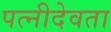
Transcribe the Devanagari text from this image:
पत्नीदेवता